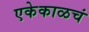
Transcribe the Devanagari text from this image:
एकेकाळचं